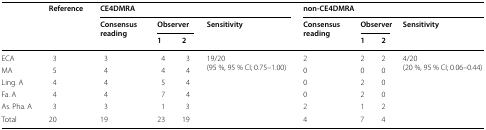
| <ROWSPAN=3>  | <ROWSPAN=3> Reference | <COLSPAN=4> CE4DMRA | <COLSPAN=4> non-CE4DMRA |
 | <ROWSPAN=2> Consensus reading | <COLSPAN=2> Observer | <ROWSPAN=2> Sensitivity | <ROWSPAN=2> Consensus reading | <COLSPAN=2> Observer | <ROWSPAN=2> Sensitivity |
 | 1 | 2 | 1 | 2 |
 | --- | --- | --- | --- | --- | --- | --- | --- | --- | --- |
 | ECA | 3 | 3 | 4 | 3 | <ROWSPAN=6> 19/20(95 %, 95 % CI; 0.75–1.00) | 2 | 2 | 2 | <ROWSPAN=6> 4/20(20 %, 95 % CI; 0.06–0.44) |
 | MA | 5 | 4 | 4 | 4 | 0 | 0 | 0 |
 | Ling. A | 4 | 4 | 5 | 4 | 0 | 2 | 0 |
 | Fa. A | 4 | 4 | 7 | 4 | 0 | 2 | 0 |
 | As. Pha. A | 3 | 3 | 1 | 3 | 2 | 1 | 2 |
 | Total | 20 | 19 | 23 | 19 | 4 | 7 | 4 |